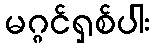
မဂ္ဂင်ရှစ်ပါး